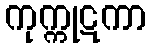
ကုက္ကုဋကာ